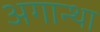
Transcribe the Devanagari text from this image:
अगान्था